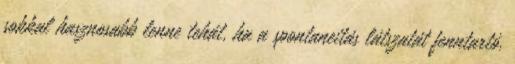
sokkal hasznosabb lenne tehát, ha a spontaneitás látszatát fenntartó,